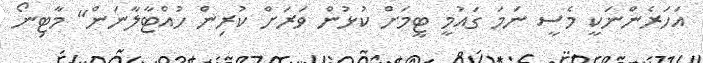
އަހަރެންނަކީ މެސީ ނަމަ ގައުމީ ޓީމަށް ކުޅުން ވަރަށް ކުރިން ހުއްޓާލާނަން" މާޓިނޯ